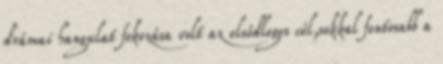
drámai hangulat fokozása volt az elsődleges cél,sokkal fontosabb a